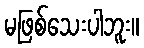
မဖြစ်သေးပါဘူး။